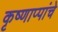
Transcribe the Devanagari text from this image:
कृष्णाप्पांचे